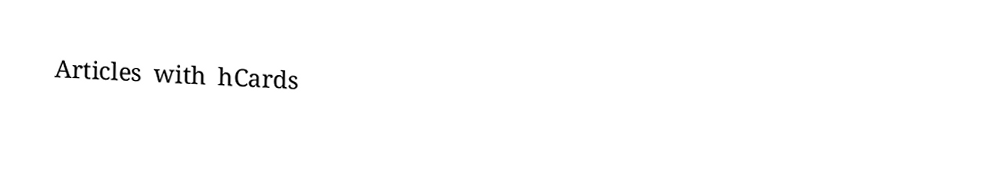
Articles with hCards